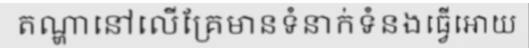
តណ្ហានៅលើគ្រែមានទំនាក់ទំនងធ្វើអោយ